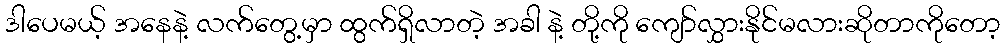
ဒါပေမယ့် အနေနဲ့ လက်တွေ့မှာ ထွက်ရှိလာတဲ့ အခါ နဲ့ တို့ကို ကျော်လွှားနိုင်မလားဆိုတာကိုတော့